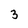
Character: 3